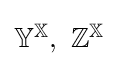
{\textstyle \mathbb {Y} ^{\mathbb {X} },\ \mathbb {Z} ^{\mathbb {X} }}